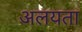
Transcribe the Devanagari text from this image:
अलयता